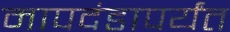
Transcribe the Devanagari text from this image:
मापदंडापर्यंत